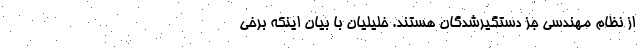
از نظام مهندسی جز دستگیر‌شدگان هستند. خلیلیان با بیان اینکه برخی